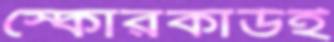
স্কোরকার্ডই